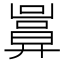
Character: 𢍬